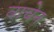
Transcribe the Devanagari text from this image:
वाचेन